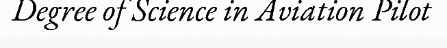
Degree of Science in Aviation Pilot